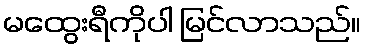
မထွေးရီကိုပါ မြင်လာသည်။